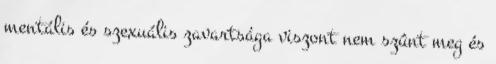
mentális és szexuális zavartsága viszont nem szûnt meg és